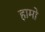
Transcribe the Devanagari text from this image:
हामो